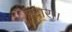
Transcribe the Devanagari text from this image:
उदारा।